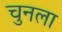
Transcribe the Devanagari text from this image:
चुनला